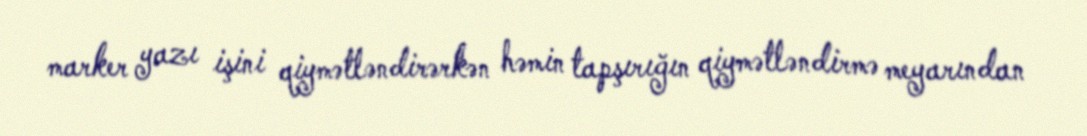
marker yazı işini qiymətləndirərkən həmin tapşırığın qiymətləndirmə meyarından